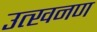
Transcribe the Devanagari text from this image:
उत्खनण